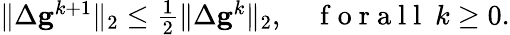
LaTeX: \begin{array}{r}{\| \Delta\mathbf{g}^{k+1}\| _{2}\leq\frac{1}2\| \Delta\mathbf{g}^{k}\| _{2},\quad\mathrm{~f~o~r~a~l~l~}\ k\geq 0.}\end{array}